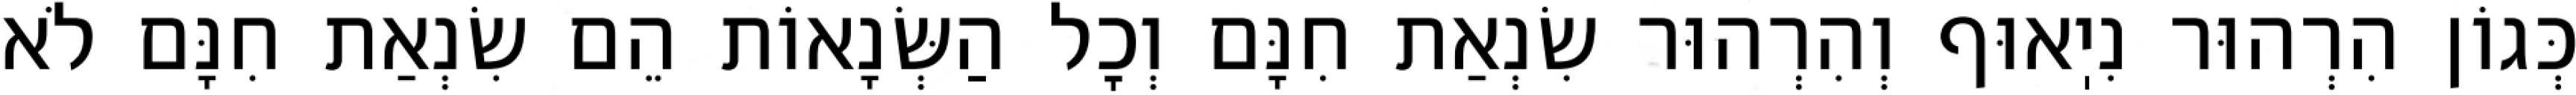
כְּגוֹן הִרְהוּר נִיֽאוּף וְהִרְהוּר שִׂנְאַת חִנָּם וְכׇל הַשְּׂנָאוֹת הֵם שִׂנְאַת חִנָּם לֹא